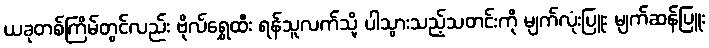
ယခုတစ်ကြိမ်တွင်လည်း ဗိုလ်ရွှေထီး ရန်သူလက်သို့ ပါသွားသည့်သတင်းကို မျက်လုံးပြူး မျက်ဆန်ပြူး